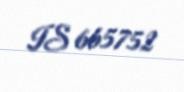
IS 665752